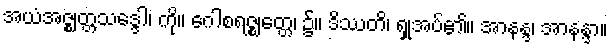
အယံအဇ္ဈတ္တသဒ္ဒေါ၊ ကို။ ဂေါစရဇ္ဈတ္တေ၊ ၌။ ဒိဿတိ၊ ရှုအပ်၏။ အာနန္ဒ၊ အာနန္ဒာ။